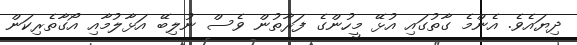
ދިޔައެވެ. އެންމެ ގާތުގައި އުޅޭ މީހުންގެ ފަރާތުން ވެސް ނުލިބޭ އަޅާލުމާއި އޯގާތެރިކަން